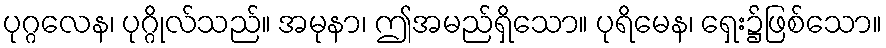
ပုဂ္ဂလေန၊ ပုဂ္ဂိုလ်သည်။ အမုနာ၊ ဤအမည်ရှိသော။ ပုရိမေန၊ ရှေး၌ဖြစ်သော။